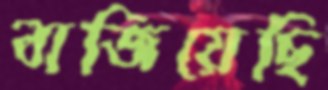
বাজিয়েছি